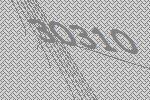
30310